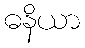
ဓနိယာ